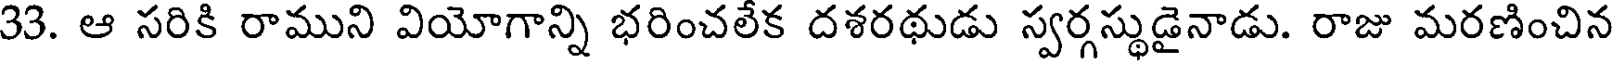
33. ఆ సరికి రాముని వియోగాన్ని భరించలేక దశరథుడు స్వర్గస్థుడైనాడు. రాజు మరణించిన